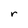
Character: r